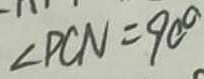
\angle P C N = 9 0 ^ { \circ }